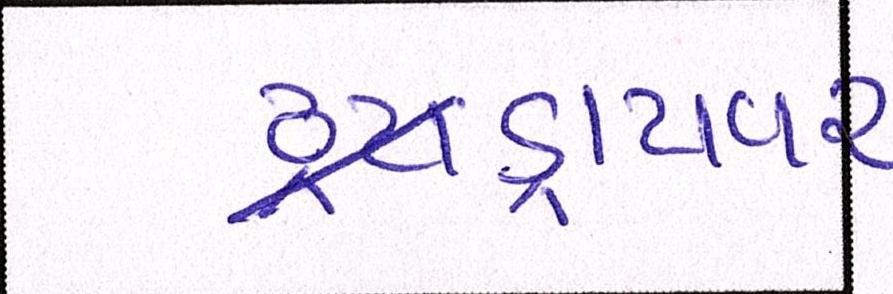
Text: ડ્રાયવર